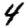
Digit: 4